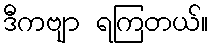
ဒီကဗျာ ရကြတယ်။